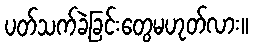
ပတ်သက်ခဲ့ခြင်းတွေမဟုတ်လား။